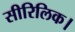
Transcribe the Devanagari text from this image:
सीरिलिक।